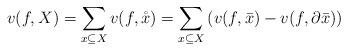
LaTeX: \begin{align*} v(f,X) = \sum_{x \subseteq X} v(f,\mathring{x}) = \sum_{x \subseteq X} \left( v(f,\bar{x}) - v(f, \partial \bar{x})\right) \end{align*}